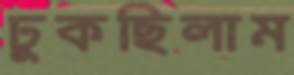
ঢুকছিলাম